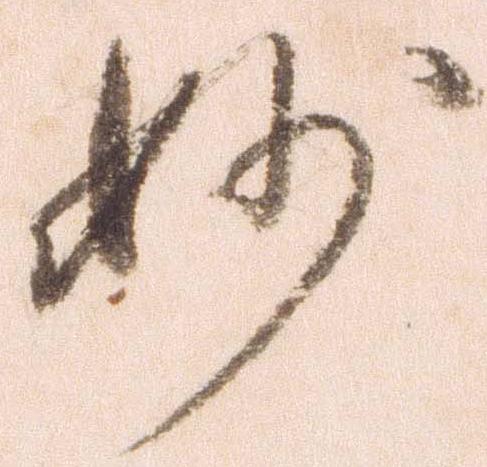
妙